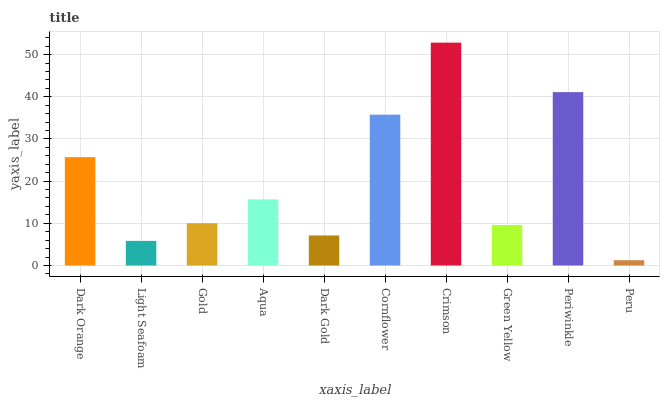
| xaxis_label | bars |
 | --- | --- |
 | Dark Orange | 25.7 |
 | Light Seafoam | 5.84 |
 | Gold | 10 |
 | Aqua | 15.7 |
 | Dark Gold | 7.12 |
 | Cornflower | 35.8 |
 | Crimson | 52.8 |
 | Green Yellow | 9.61 |
 | Periwinkle | 41.1 |
 | Peru | 1.25 |